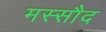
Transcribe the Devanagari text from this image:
मस्सौद